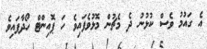
އެ ގައުމު ވެސް ކުޅުނު ދެ މެޗުން މޮޅުވެފައިވެ ހަ ޕޮއިންޓް ހޯދާފައިވެ